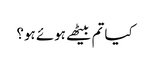
کیا تم بیٹھے ہوئے ہو؟